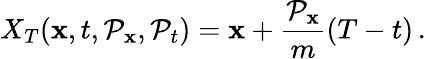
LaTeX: X_{T}(\mathbf{x},t,\mathcal{P}_{\mathbf{x}},\mathcal{P}_{t})=\mathbf{x}+\frac{{\mathcal{P}_{\mathbf{x}}}}{{m}}(T-t)\, .